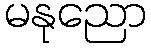
မနုညော